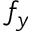
f _ { y }